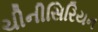
ચીનીસિરિયન